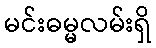
မင်းဓမ္မလမ်းရှိ